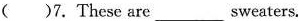
( )7.These are \underline sweaters.